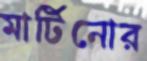
মার্টিনোর